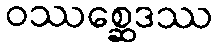
ဝဿစ္ဆေဒဿ